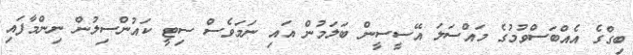
ބިގްގެ އެއްބަސްވުމުގެ މައްސަލަ އޭސީސީން ބަލަމުން އައި ނަމަވެސް ސިޓީ ކައުންސިލުން ނިންމާފައި